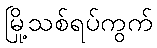
မြို့သစ်ရပ်ကွက်